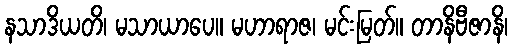
နသာဒိယတိ၊ မသာယာပေ။ မဟာရာဇ၊ မင်းမြတ်။ တာနိဗီဇာနိ၊